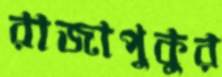
রাজাপুকুর